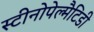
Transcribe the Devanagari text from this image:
स्टीनोपेल्मैटिडी